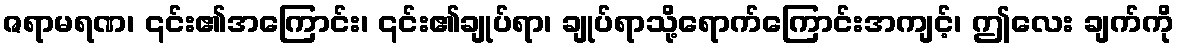
ဇရာမရဏ၊ ၎င်း၏အကြောင်း၊ ၎င်း၏ချုပ်ရာ၊ ချုပ်ရာသို့ရောက်ကြောင်းအကျင့်၊ ဤလေး ချက်ကို